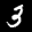
Label: 3